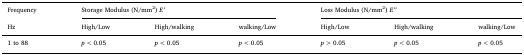
<table><thead><tr><td><b>Frequency</b></td><td colspan="3"><b>Storage Modulus (N/mm<sup>2</sup>) <i>E’</i></b></td><td colspan="3"><b>Loss Modulus (N/mm<sup>2</sup>) <i>E’’</i></b></td></tr><tr><td><b>Hz</b></td><td><b>High/Low</b></td><td><b>High/walking</b></td><td><b>walking/Low</b></td><td><b>High/Low</b></td><td><b>High/walking</b></td><td><b>walking/Low</b></td></tr></thead><tbody><tr><td>1 to 88</td><td><i>p</i> &lt; 0.05</td><td><i>p</i> &lt; 0.05</td><td><i>p</i> &lt; 0.05</td><td><i>p</i> &gt; 0.05</td><td><i>p</i> &lt; 0.05</td><td><i>p</i> &lt; 0.05</td></tr></tbody></table>